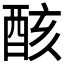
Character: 𨠳